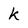
Character: k